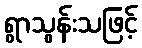
ရွာသွန်းသဖြင့်